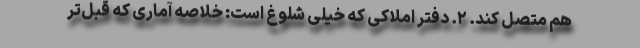
هم متصل کند. ۲. دفتر املاکی که خیلی شلوغ است: خلاصه آماری که قبل‌تر